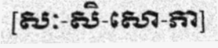
[សៈ-សិ-សោ-ភា]